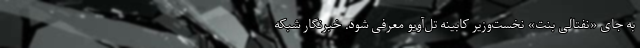
به جای «نفتالی بنت» نخست‌وزیر کابینه تل‌آویو معرفی شود. خبرنگار شبکه